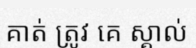
គាត់ ត្រូវ គេ ស្គាល់